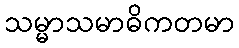
သမ္မာသမာဓိကတမာ